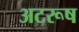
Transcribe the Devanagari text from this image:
अटरूष